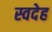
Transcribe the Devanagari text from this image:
स्वदेह